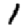
Digit: 1